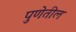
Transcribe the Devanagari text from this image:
पुणेतील